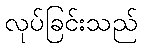
လုပ်ခြင်းသည်